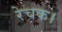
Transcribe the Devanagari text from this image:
रेचक।